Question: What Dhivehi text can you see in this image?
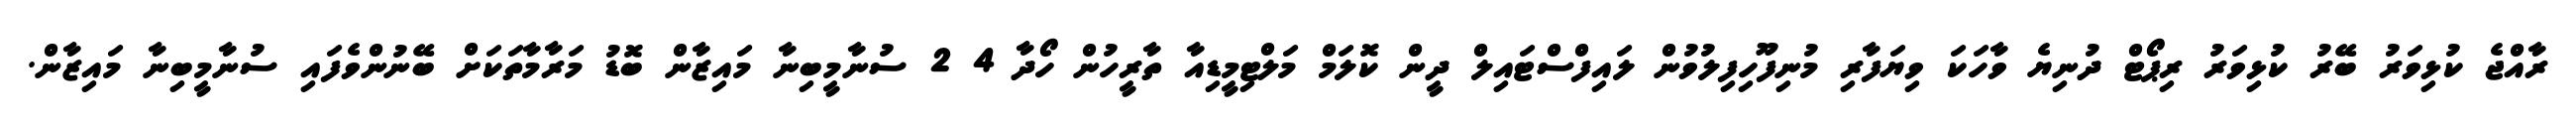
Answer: ރާއްޖެ ކުޅިވަރު ބޭރު ކުޅިވަރު ރިޕޯޓް ދުނިޔެ ވާހަކަ ވިޔަފާރި މުނިފޫހިފިލުވުން ލައިފްސްޓައިލް ދީން ކޮލަމް މަލްޓިމީޑިއާ ތާރީހުން ހޯދާ 4 2 ސުނާމީބިނާ މައިޒާން ބޮޑު މަރާމާތަކަށް ބޭނުންވެފައި ސުނާމީބިނާ މައިޒާން.